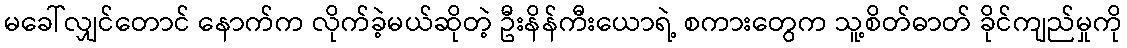
မခေါ်လျှင်တောင် နောက်က လိုက်ခဲ့မယ်ဆိုတဲ့ ဦးနိန်ကီးယောရဲ့ စကားတွေက သူ့စိတ်ဓာတ် ခိုင်ကျည်မှုကို